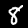
Digit: 8